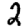
Digit: 2